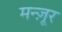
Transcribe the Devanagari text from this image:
मन्ज़ूर